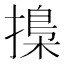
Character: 𢳚